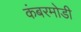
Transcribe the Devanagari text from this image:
कंबरमोडी